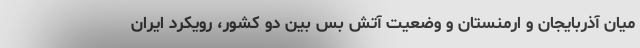
میان آذربایجان و ارمنستان و وضعیت آتش بس بین دو کشور، رویکرد ایران